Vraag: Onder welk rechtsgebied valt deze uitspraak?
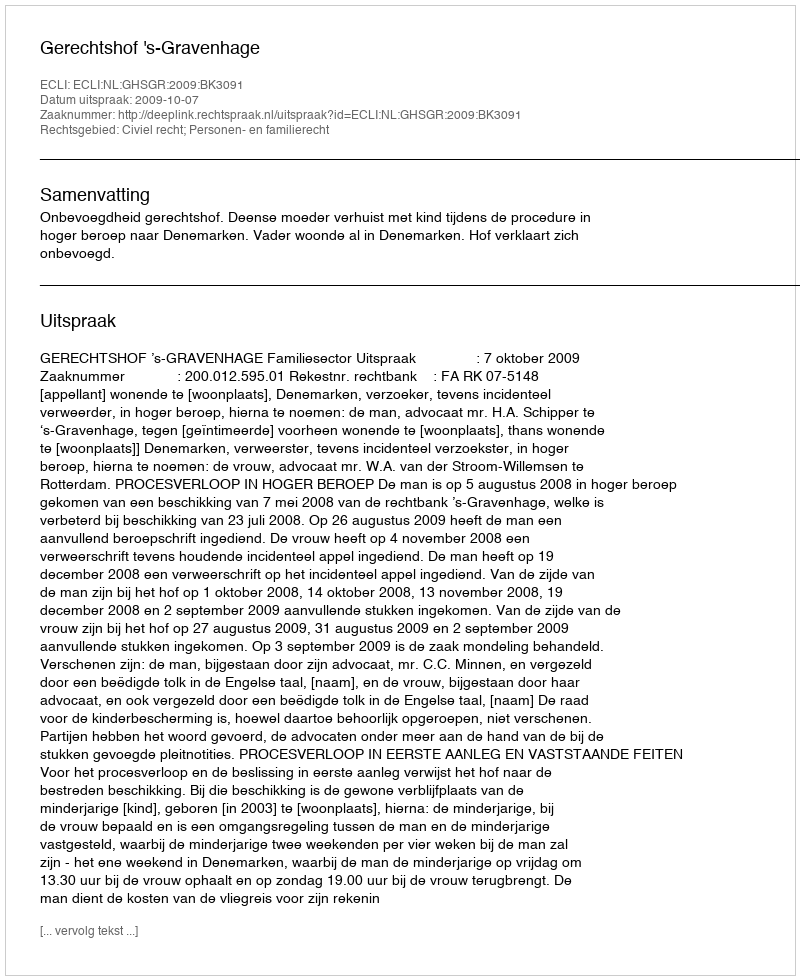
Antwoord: Civiel recht; Personen- en familierecht